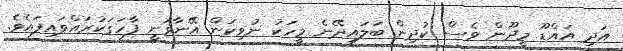
އަދި އައްޑޫ މީދޫން ވެސް ކުދިން ބަލައިދޭނެ މީހަކު ނުވިކަން އޭނާވަނީ ފާހަގަކުރައްވައިފައެވެ.